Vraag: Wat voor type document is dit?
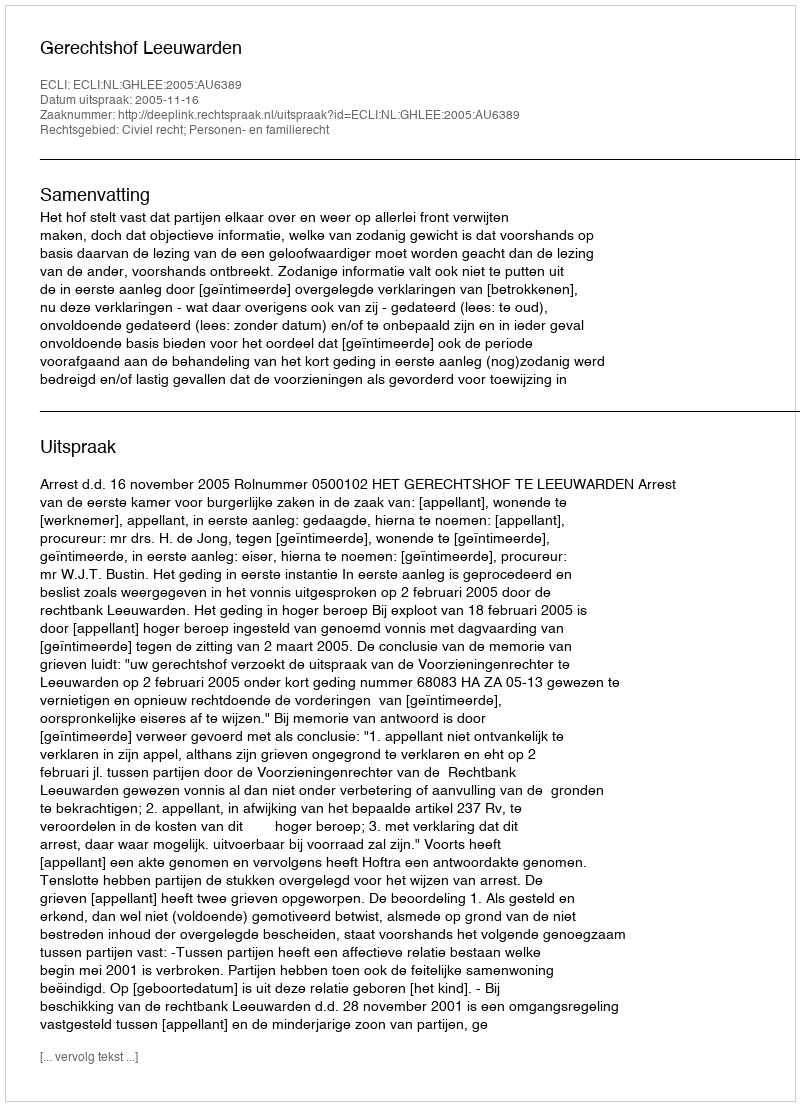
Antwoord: Uitspraak